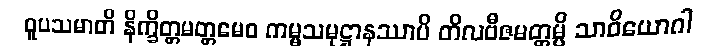
ဝူပသမာတိ နိက္ခိတ္တမတ္တမေဝ ကမ္မသမုဋ္ဌာနဿာပိ တိလဗီဇမတ္တမ္ပိ သာဝိယောဂါ